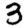
Digit: 3